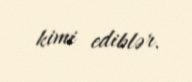
kimi ediblər.